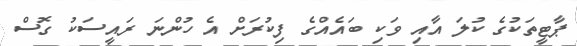
ޕާޓީތަކުގެ ކުލަ އާއި ވަކި ބައެއްގެ ފިކުރަށް އެ ހުންނަ ރައީސަކު ގޮސް